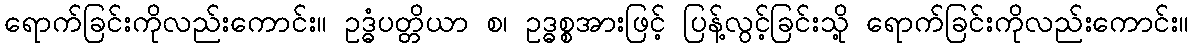
ရောက်ခြင်းကိုလည်းကောင်း။ ဥဒ္ဓံပတ္တိယာ စ၊ ဥဒ္ဓစ္စအားဖြင့် ပြန့်လွင့်ခြင်းသို့ ရောက်ခြင်းကိုလည်းကောင်း။